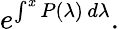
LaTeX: e^{\int^{x}P(\lambda)\, d\lambda}.